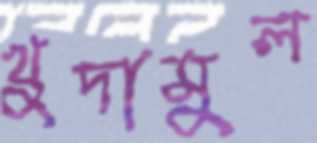
খুদামুল